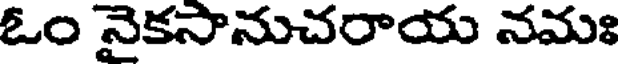
ఓం నైకసానుచరాయ నమః